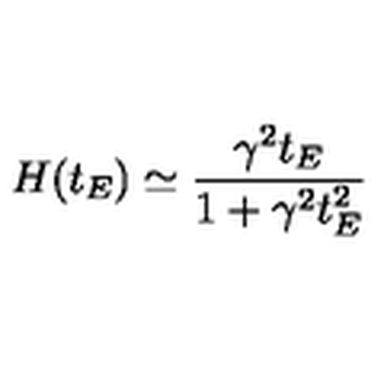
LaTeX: H ( t _ { E } ) \simeq \frac { \gamma ^ { 2 } t _ { E } } { 1 + \gamma ^ { 2 } t _ { E } ^ { 2 } }